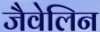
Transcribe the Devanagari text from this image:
जैवेलिन